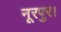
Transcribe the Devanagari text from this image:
नूरपुर।